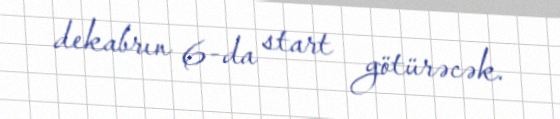
dekabrın 6-da start götürəcək.